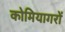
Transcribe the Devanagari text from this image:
कोमियागरों